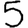
Digit: 5